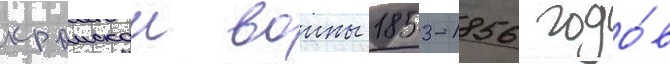
крымскои воины 1853-1856 годо́в